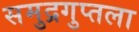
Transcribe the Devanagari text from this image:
समुद्रगुप्तला